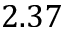
2 . 3 7